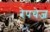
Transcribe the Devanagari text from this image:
रेपचेज